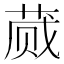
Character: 蒇